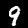
Label: 9